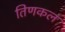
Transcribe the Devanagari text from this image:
तिणकल